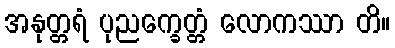
အနုတ္တရံ ပုညက္ခေတ္တံ လောကဿာ တိ။